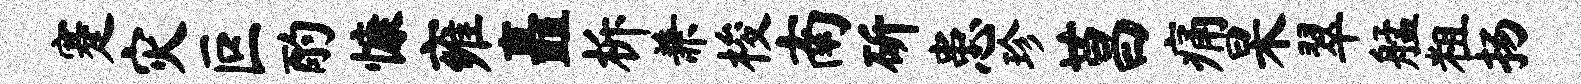
蹇灾叵酌慷雍矗柝兼梭南斫患珍莒痛杲翠艋粗扬